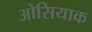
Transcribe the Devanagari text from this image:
ओसियाक